system: You are a helpful assistant.
user:
Analyze the provided spectrum to determine if it is a **S-type Star**.

- **Key Indicators for S-type Star:**

    - **(Overall Spectrum Shape):** The first and most obvious characteristic is the overall continuum (the "baseline" shape). It is **extremely "red-sloping,"** meaning the flux (light intensity) is very low on the left side (blue, ~4000-4500 Å) and rises steeply and continuously toward the right side (red, ~7000 Å+).

    - **(Primary):** The spectrum is defined by the presence of strong, broad molecular absorption "valleys" (bands) from **Zirconium Oxide (ZrO)**. The identification of these bands is the **primary requirement** for classifying a star as S-type.
        - **(Key Bandheads):** You must find distinct, deep "dips" where the light has been absorbed. The most critical band systems to locate are:
            - **~6474 Å** ($\gamma$-system): This is often the strongest and clearest ZrO feature, found in the red part of the spectrum.
            - **~5718 Å** & **~5551 Å** ($\beta$-system): A pair of prominent absorption features in the yellow-orange part of the spectrum.
            - **~4640 Å** ($\alpha$-system): A key absorption band system in the blue-green region of the spectrum.

    - **(Secondary Confirmation):** The classification is strengthened by finding additional absorption bands from other related heavy element oxides, which are expected to be present alongside ZrO.
        - **(Key Bandheads):**
            - **Yttrium Oxide (YO):** Look for absorption dips near **~4800 Å** and **~6100 Å**.
            - **Lanthanum Oxide (LaO):** Additional absorption features, particularly in the red-orange part of the spectrum, are also characteristic.

    - **(Line Profile):** The combination of the steep red continuum and these numerous, deep molecular bands (ZrO, YO, etc.) gives the entire spectrum a very **"chopped-up"** or **"bumpy"** appearance. Instead of a smooth curve, the spectrum looks as though large, wide chunks of light have been "carved out" of it at the specific wavelengths listed above.

Think first, call **spectral_visualization_tool** if needed to examine features in detail, then provide your final answer. Your response must adhere to the following strict rules:
1.  **Overall Structure:** Your response must follow the format `<think>...</think> <tool_call>...</tool_call> (if a tool is used) <answer>...</answer>`.
2.  **Tool Usage Constraint:** You may only make **one** tool call per turn.
3.  **Final Answer Format:** In the `<answer>` tag, your conclusion must be inside a `\boxed{}` command (e.g., `\boxed{YES}` or `\boxed{NO}`), followed by your justification.

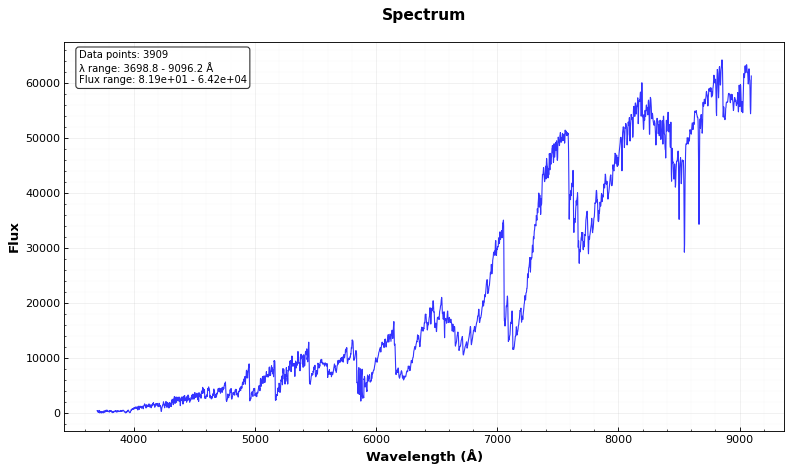
Answer: YES